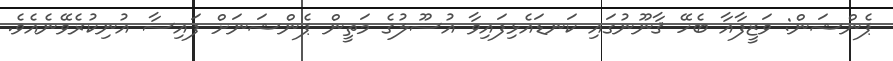
ޕެންޝަން: ވަޒީފާއާ ބެހޭ ޤާނޫނުގައި ކަނޑައެޅިފައިވާ އުސޫލުގެ މަތީން ޕެންޝަނަށް ފައިސާ އުނިކުރެވޭނެއެވެ.